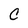
Character: C